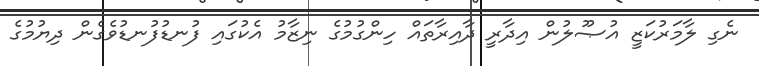
ނެގި ލާމަރުކަޒީ އުޞޫލުން އިދާރީ ދާއިރާތައް ހިންގުމުގެ ނިޒާމު އެކުގައި ފުނޑުފުނޑުވެގެން ދިޔުމުގެ